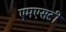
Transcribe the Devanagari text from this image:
एमएसटी